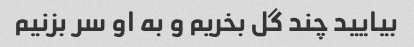
بیایید چند گل بخریم و به او سر بزنیم